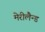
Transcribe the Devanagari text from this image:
मेरीलैन्ड